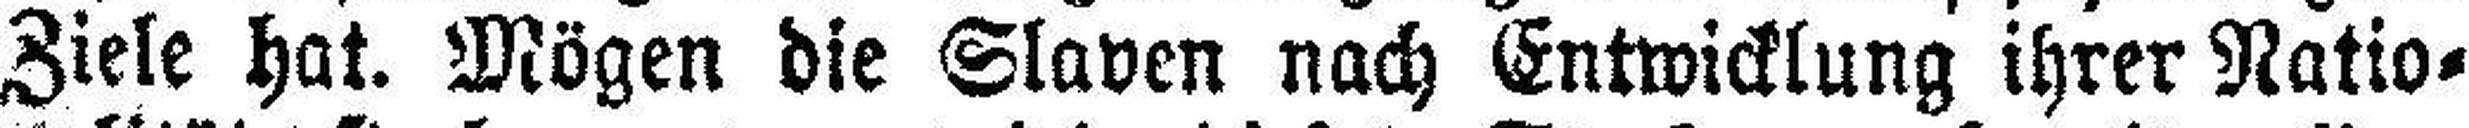
Ziele hat. Mögen die Slaven nach Entwicklung ihrer Natio¬